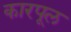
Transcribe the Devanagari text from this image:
कारपूल